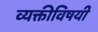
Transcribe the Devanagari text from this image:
व्यक्तीविषयी